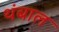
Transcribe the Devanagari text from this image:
थंबाल